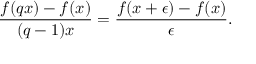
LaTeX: { \frac { f ( q x ) - f ( x ) } { ( q - 1 ) x } } = { \frac { f ( x + \epsilon ) - f ( x ) } { \epsilon } } .